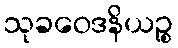
သုခဝေဒနိယဉ္စ